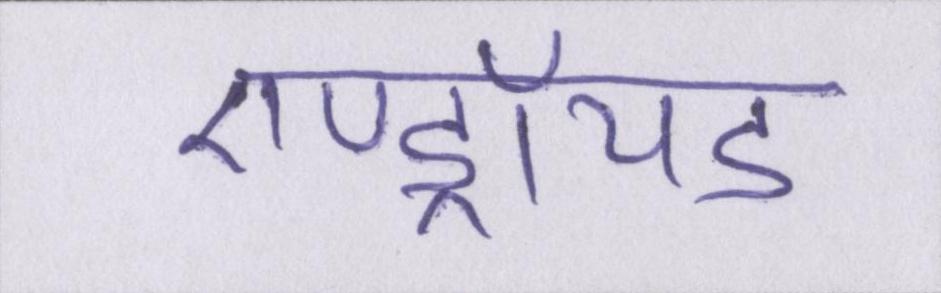
एण्ड्रॉयड